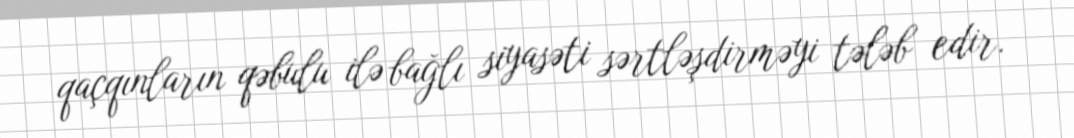
qaçqınların qəbulu ilə bağlı siyasəti sərtləşdirməyi tələb edir.